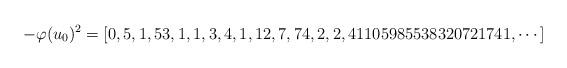
LaTeX: \begin{align*}-\varphi (u_0)^2=[0, 5, 1, 53, 1, 1, 3, 4, 1, 12, 7, 74, 2, 2, 41105985538320721741, \cdots]\end{align*}